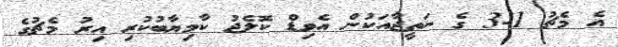
އެ މެޗު 1-3 ގެ ނަތީޖާއަކުން އެވިޑް ކޮލެޖު ކާމިޔާބުކުރި އިރު މެޗުގެ